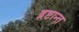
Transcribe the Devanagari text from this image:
द्रष्टान्त